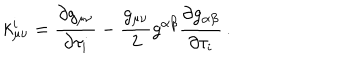
k _ { \mu \nu } ^ { i } = \frac { \partial g _ { \mu \nu } } { \partial \tau _ { i } } - \frac { g _ { \mu \nu } } { 2 } g ^ { \alpha \beta } \frac { \partial g _ { \alpha \beta } } { \partial \tau _ { i } } \, .